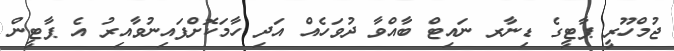
ޖުމްހޫރީ ޕާޓީގެ ޑިނާރ ނައިޓް ބާއްވާ ދުވަހެއް އަދި ހާމަކޮށްފައިނުވާއިރު އެ ޕާޓީން